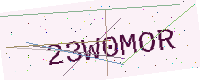
Text: 23W0MOR